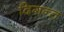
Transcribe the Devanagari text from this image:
दिगन्त